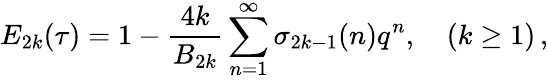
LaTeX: E_{2k}(\tau)=1-\frac{4k}{B_{2k}}\sum_{n=1}^{\infty}\sigma_{2k-1}(n)q^{n},\quad(k\ge 1)\, ,